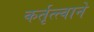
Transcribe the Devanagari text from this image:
कर्तृत्त्वाने